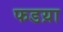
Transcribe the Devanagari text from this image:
फडय़ा